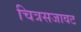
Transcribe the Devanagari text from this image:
चित्रसजावट